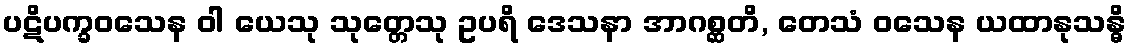
ပဋိပက္ခဝသေန ဝါ ယေသု သုတ္တေသု ဥပရိ ဒေသနာ အာဂစ္ဆတိ, တေသံ ဝသေန ယထာနုသန္ဓိ